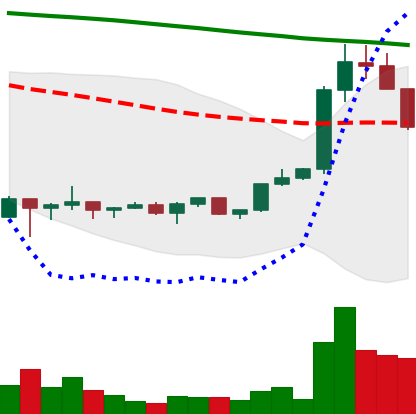
Ticker: XRP-USD
Chart end date: 2022-02-11
Forward return: 10.367%
Label: up_7plus